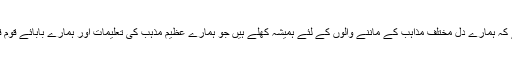
کرتارپور راہداری کا افتتاح اس حقیقت کا عکاس ہے کہ ہمارے دل مختلف مذاہب کے ماننے والوں کے لئے ہمیشہ کھلے ہیں جو ہمارے عظیم مذہب کی تعلیمات اور ہمارے بابائے قوم قائداعظم محمد علی جناح کے تصور کے مطابق ہیں۔